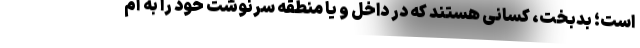
است؛ بدبخت، کسانی هستند که در داخل و یا منطقه سرنوشت خود را به آم